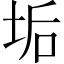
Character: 垢